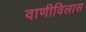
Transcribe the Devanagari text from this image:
वाणीविलास